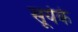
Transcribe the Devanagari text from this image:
सूर्यके